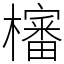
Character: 㰂